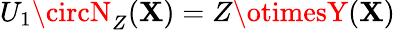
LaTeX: U_{1}\circN_{Z}(\mathbf{X})=Z\otimesY(\mathbf{X})